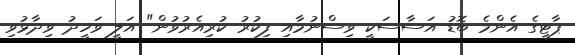
ޕާޓީގެ އެންމެ ބޮޑު އަސާސަކީ ވިސްނުމާއި ފިކުރު ކުރިއެރުވުން" އަލީ ވަހީދު ވިދާޅުވި